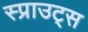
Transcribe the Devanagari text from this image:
स्प्राउट्स